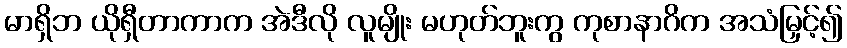
မာရှိဘ ယိုရှီတာကာက အဲဒီလို လူမျိုး မဟုတ်ဘူးကွ ကုစာနာဂိက အသံမြှင့်၍